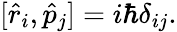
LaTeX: [{\hat{r}}_{i},{\hat{p}}_{j}]=i\hbar\delta_{ij}.